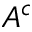
A ^ { c }